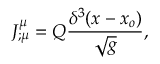
J _ { ; \mu } ^ { \mu } = Q { \frac { \delta ^ { 3 } ( x - x _ { o } ) } { \sqrt g } } ,